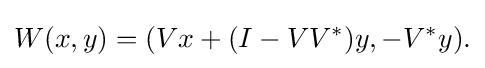
\displaystyle {W(x,y)=(Vx+(I-VV^{*})y,-V^{*}y).}